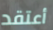
أعتقد